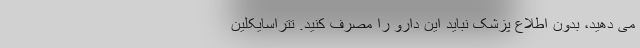
می دهید، بدون اطلاع پزشک نباید این دارو را مصرف کنید. تتراسایکلین